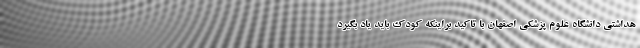
هداشتی دانشگاه علوم پزشکی اصفهان با تاکید براینکه کودک باید یاد بگیرد